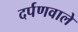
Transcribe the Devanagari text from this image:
दर्पणवाले